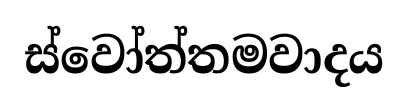
ස්වෝත්තමවාදය